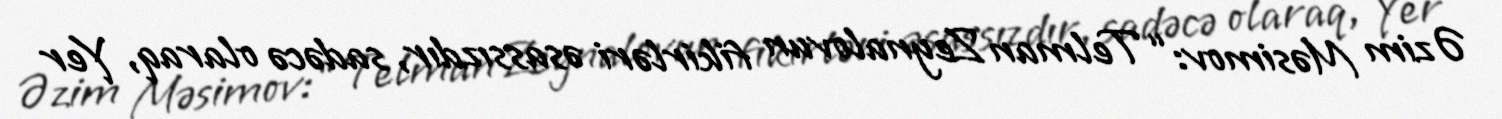
Əzim Məsimov: “Telman Zeynalovun fikirləri əsassızdır, sadəcə olaraq, Yer